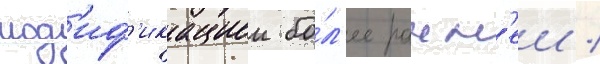
мод'иф'икациеи бо́л'ее ранн'еи /